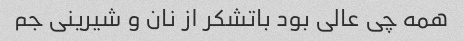
همه چی عالی بود باتشکر از نان و شیرینی جم